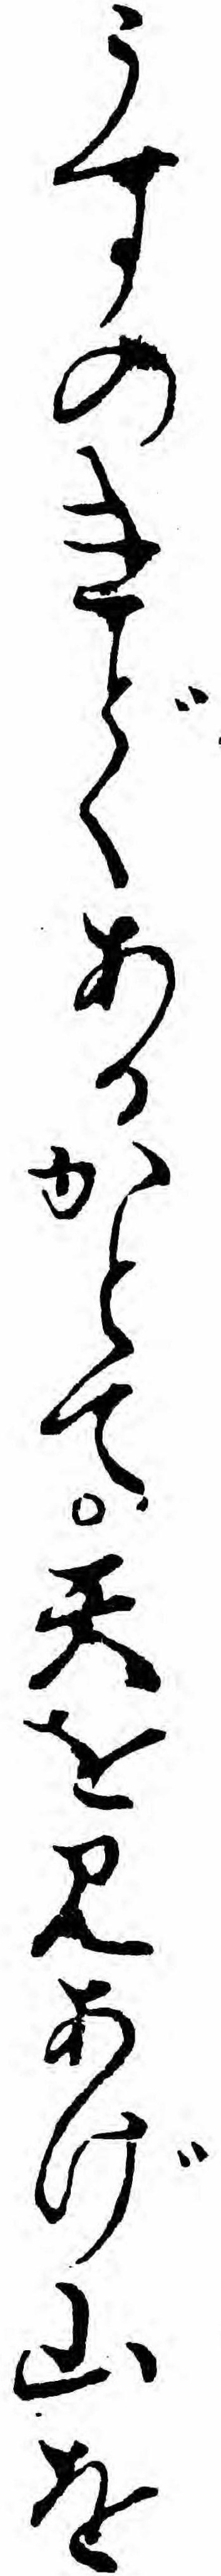
うすのきどくあるかとて天を見あげ山を